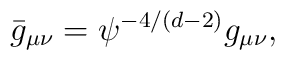
\bar g_{\mu\nu}= \psi^{-4/(d-2)} g_{\mu\nu},